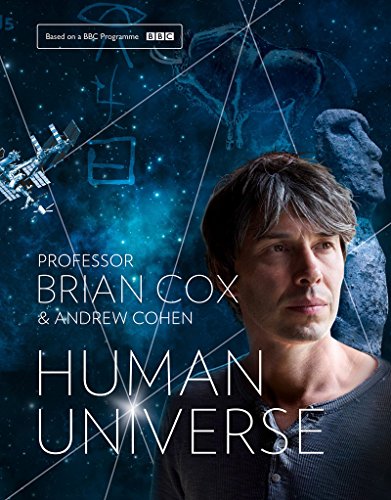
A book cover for Human Universe; Professor Brian Cox; Science & Math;